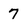
Character: 7